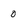
Character: 0